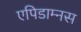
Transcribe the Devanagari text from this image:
एपिडाम्नस